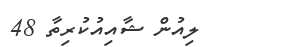
ލިއުން ޝާއިއުކުރިތާ 48